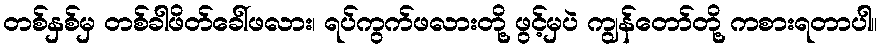
တစ်နှစ်မှ တစ်ခါဖိတ်ခေါ်ဖလား၊ ရပ်ကွက်ဖလားတို့ ဖွင့်မှပဲ ကျွန်တော်တို့ ကစားရတာပါ။